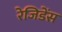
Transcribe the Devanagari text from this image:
रेजिडेंस